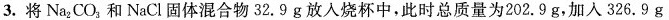
3.将Na_{2}CO_{3}和NaCl固体混合物32.9g放入烧杯中，此时总质量为202.9g，加入326.9g